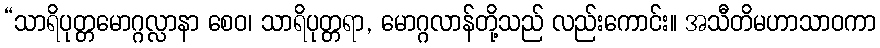
“သာရိပုတ္တမောဂ္ဂလ္လာနာ စေဝ၊ သာရိပုတ္တရာ, မောဂ္ဂလာန်တို့သည် လည်းကောင်း။ အသီတိမဟာသာဝကာ